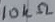
Text: 10kΩ